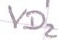
Text: VD2